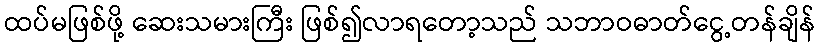
ထပ်မဖြစ်ဖို့ ဆေးသမားကြီး ဖြစ်၍လာရတော့သည် သဘာဝဓာတ်ငွေ့တန်ချိန်